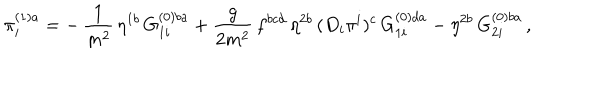
\pi _ { i } ^ { ( 1 ) a } = - \, \frac { 1 } { m ^ { 2 } } \, \eta ^ { 1 b } \, G _ { 1 i } ^ { ( 0 ) b a } + \frac { g } { 2 m ^ { 2 } } \, f ^ { b c d } \, \eta ^ { 2 b } \, ( D _ { i } \pi ^ { i } ) ^ { c } \, G _ { 1 i } ^ { ( 0 ) d a } - \eta ^ { 2 b } \, G _ { 2 i } ^ { ( 0 ) b a } \, ,